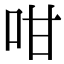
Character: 咁